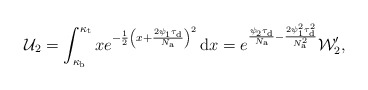
\begin{align*}\mathcal{U}_2=\int_{\kappa_{\rm b}}^{\kappa_{\rm t}}xe^{-\frac{1}{2}\left(x+\frac{2\psi_{1}\tau_{\rm d}}{N_{\rm a}}\right)^2}\,\mathrm{d} x=e^{\frac{\psi_{2}\tau_{\rm d}}{N_{\rm a}}-\frac{2\psi_{1}^2\tau_{\rm d}^2}{N_{\rm a}^2}}\mathcal{W}_2',\end{align*}